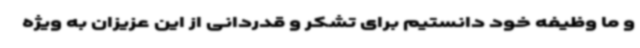
و ما وظیفه خود دانستیم برای تشکر و قدردانی از این عزیزان به ویژه